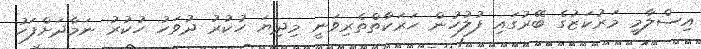
އިސްލާމީ މަރުކަޒުގެ ބޭރުގައި ފުލުހުން ހަރަކާތްތެރިވަނީ މިދިޔަ ހުކުރު ދުވަހު ހުކުރު ނަމާދަށްފަހު